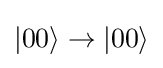
|00\rangle \rightarrow |00\rangle